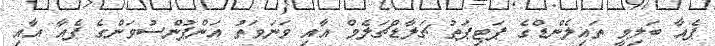
ޕެއާ ބަލިވީ ތައިލެންޑްގެ ޕަޓިޕަތު ޗަލާޑްޗަލެމް އާއި ވަނަވަތު އަންޕުންސުވަންގެ ޕެއާ އާއި